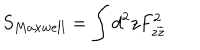
LaTeX: S _ { M a x w e l l } = \int d ^ { 2 } z F _ { z \overline { { { z } } } } ^ { 2 }